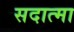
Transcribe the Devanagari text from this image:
सदात्मा